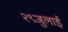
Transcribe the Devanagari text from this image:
२९जुलाई